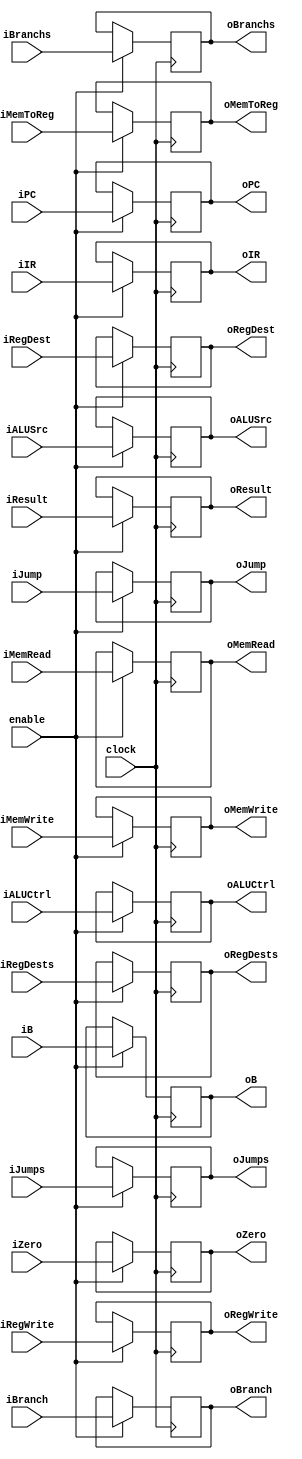
module EXMEM(clock,iRegDests,iRegWrite,iALUSrc,iMemRead,iMemWrite,iMemToReg,iBranchs,iJumps,iALUCtrl,
iIR,iPC,iB,iResult,iRegDest,iBranch,iJump,iZero,
oRegDests,oRegWrite,oALUSrc,oMemRead,oMemWrite,oMemToReg,oBranchs,oJumps,oALUCtrl,
oIR,oPC,oB,oResult,oRegDest,oBranch,oJump,oZero,enable);
input [31:0] iIR,iPC,iB,iResult,iBranch,iJump;
input iZero,clock,enable;
input iRegDests,iRegWrite,iALUSrc,iMemRead,iMemWrite,iMemToReg,iBranchs,iJumps;
input [3:0]iALUCtrl;
input [4:0] iRegDest;
output [31:0] oIR,oPC,oB,oResult,oBranch,oJump;
output oZero;
output oRegDests,oRegWrite,oALUSrc,oMemRead,oMemWrite,oMemToReg,oBranchs,oJumps;
output [3:0]oALUCtrl;
output [4:0]oRegDest;
reg [31:0] oIR,oPC,oB,oResult,oBranch,oJump;
reg oZero;
reg oRegDests,oRegWrite,oALUSrc,oMemRead,oMemWrite,oMemToReg,oBranchs,oJumps;
reg [3:0]oALUCtrl;
reg [4:0]oRegDest;
initial begin
 oPC=32'b0;
oIR=32'b0;
end
always @(posedge clock)
begin
if(enable)begin
oRegDests<=iRegDests;
oRegWrite<=iRegWrite;
oALUSrc<=iALUSrc;
oMemRead<=iMemRead;
oMemWrite<=iMemWrite;
oMemToReg<=iMemToReg;
oBranchs<=iBranchs;
oJumps<=iJumps;
oALUCtrl<=iALUCtrl;
oIR<=iIR;
oPC<=iPC;
oB<=iB;
oResult<=iResult;
oRegDest<=iRegDest;
oBranch<=iBranch;
oJump<=iJump;
oZero<=iZero;
end
end
endmodule